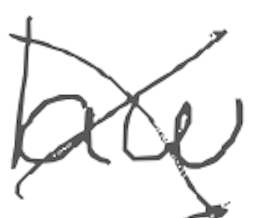
Text: law
Cross-out: cross
Writing tool: digital_gray